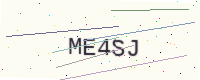
Text: ME4SJ